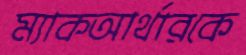
ম্যাকআর্থারকে